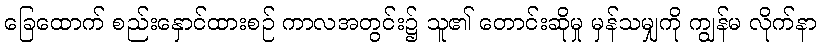
ခြေထောက် စည်းနှောင်ထားစဉ် ကာလအတွင်း၌ သူ၏ တောင်းဆိုမှု မှန်သမျှကို ကျွန်မ လိုက်နာ